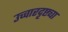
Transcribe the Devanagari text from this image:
उच्चारदृष्ट्या